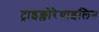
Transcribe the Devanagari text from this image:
ट्राइक्लोरेथाइलिन